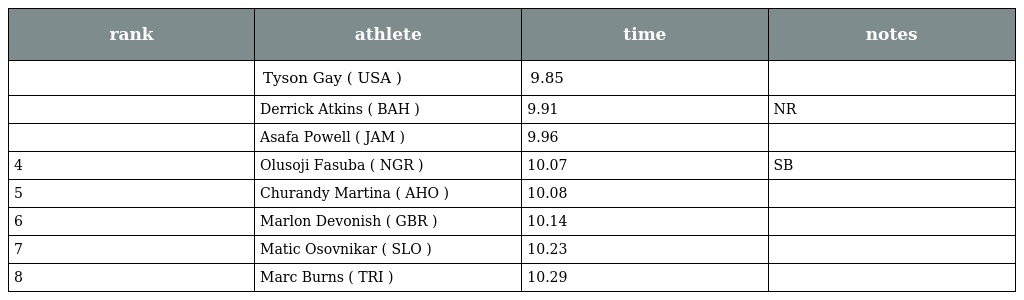
| rank | athlete | time | notes |
 | --- | --- | --- | --- |
 |  | Tyson Gay ( USA ) | 9.85 |  |
 |  | Derrick Atkins ( BAH ) | 9.91 | NR |
 |  | Asafa Powell ( JAM ) | 9.96 |  |
 | 4 | Olusoji Fasuba ( NGR ) | 10.07 | SB |
 | 5 | Churandy Martina ( AHO ) | 10.08 |  |
 | 6 | Marlon Devonish ( GBR ) | 10.14 |  |
 | 7 | Matic Osovnikar ( SLO ) | 10.23 |  |
 | 8 | Marc Burns ( TRI ) | 10.29 |  |